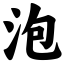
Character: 泡